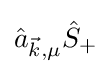
{\hat {a}}_{{\vec {k}},\mu }{\hat {S}}_{+}